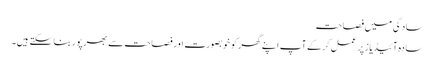
سادگی میں فصاحت
سادہ آئیڈیاز پر عمل کرکے آپ اپنے گھر کو خوبصورت اور فصاحت سے بھرپور بناسکتے ہیں۔